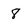
Character: 8